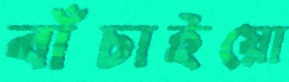
বাঁচাইয়ো